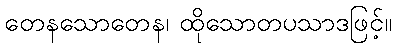
တေနသောတေန၊ ထိုသောတပသာဒဖြင့်။